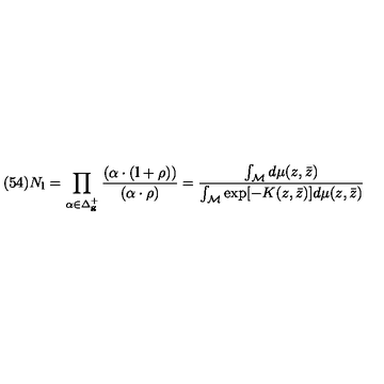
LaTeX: ( 5 4 ) N _ { \bf l } = \prod _ { \alpha \in \Delta _ { \bf g } ^ { + } } \frac { ( \alpha \cdot ( { \bf l } + \rho ) ) } { ( \alpha \cdot \rho ) } = \frac { \int _ { \cal M } d \mu ( z , \bar { z } ) } { \int _ { \cal M } \exp [ - K ( z , \bar { z } ) ] d \mu ( z , \bar { z } ) }